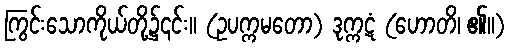
ကြွင်းသောကိုယ်တို့၌၎င်း။ (ဥပက္ကမတော) ဒုက္ကဋံ (ဟောတိ၊ ၏။)